Indian journal of veterinary science and animal husbandry - Volumes 22-23, 1952-1953
Year: 1952
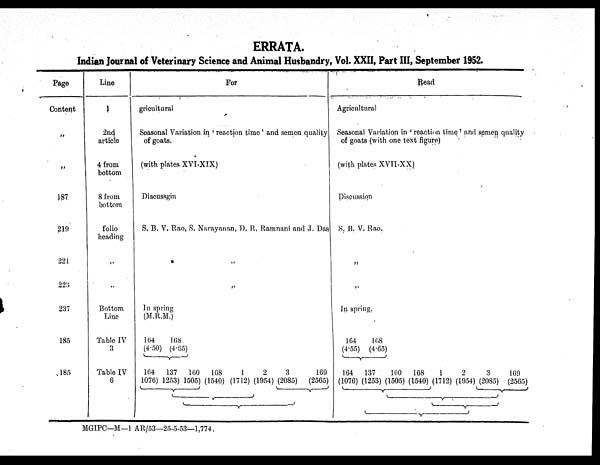
ERRATA.
Indian Journal of Veterinary Science and Animal Husbandry, Vol. XXII, Part III, September 1952.
Page
Content
"
"
187
219
221
223
237
185
185
Line
1
2nd
article
4 from
bottom
8 from
bottom
follo
heading
..
..
Bottom
Line
Table IV
3
Table IV
6
For
gricultural
Seasonal Variation in 'reaction time' and semen quality
of goats.
(with plates XVI-XIX)
Discussgin
S. B. V. Rao, S. Narayanan, D, R, Ramnani and J. Das
..
"
In spring
(M.R.M.)
164
168
(4.50) (4.65)
164
137
160
168
1
2
3
169
1076) 1253) 1505) (1540) (1712) (1954) (2085)
(2565)
Read
Agricultural
Seasonal Variation in 'reaction time' and semen, quality
of goats (with one text figure)
(with plates XVII-XX)
Discussion
S. B. V. Rao.
"
"
In spring.
164
168
(4.55) (4.65)
164 137
160
168
1
2
3
169
(1076) (1253) (1505) (1540) (1712) (1954) (2085) (2565)
MGIPC—M—1 AR/53—25-5-53—1,774.